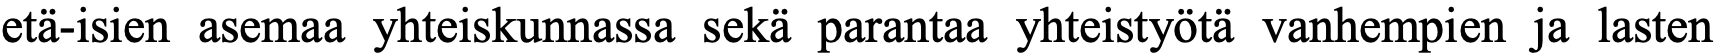
etä-isien asemaa yhteiskunnassa sekä parantaa yhteistyötä vanhempien ja lasten